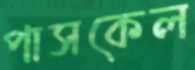
পাসকেল